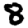
Digit: 8